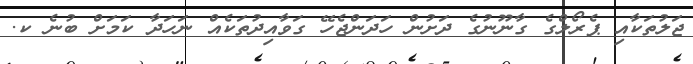
ޖަލުތަކާއި ޕެރޯލްގެ ގާނޫނުގެ ދަށުން ހަދަންޖެހޭ ގަވާއިދުތަކެއް ނަހަދާ ކަމަށް ބުނެ ކ.